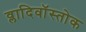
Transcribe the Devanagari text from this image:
व्लादिवॉस्तोक